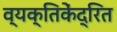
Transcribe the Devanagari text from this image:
व्यक्तिकेंद्रित